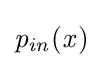
{\mathit {p}}_{\mathit {in}}({\mathit {x}})